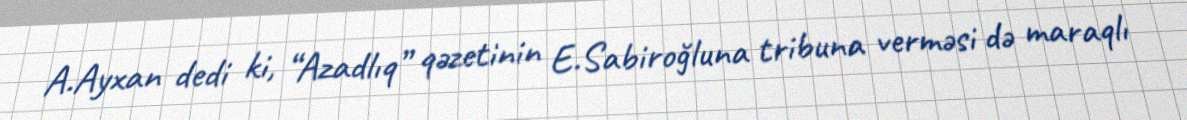
A.Ayxan dedi ki, “Azadlıq” qəzetinin E.Sabiroğluna tribuna verməsi də maraqlı